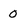
Character: 0